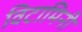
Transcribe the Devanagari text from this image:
विटामिनी